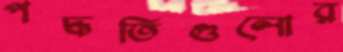
পদ্ধতিগুলোর